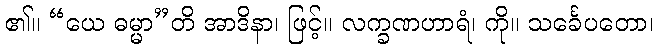
၏။ “ယေ ဓမ္မာ”တိ အာဒိနာ၊ ဖြင့်။ လက္ခဏဟာရံ၊ ကို။ သင်္ခေပတော၊